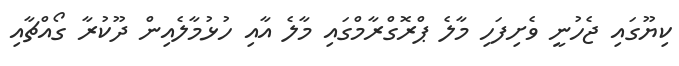
ކިޔޫގައި ޖެހުނީ ވެށިފަހި މާލެ ޕްރޮގްރާމްގައި މާލެ އާއި ހުޅުމާލެއިން ދޫކުރާ ގޯއްޗާއި